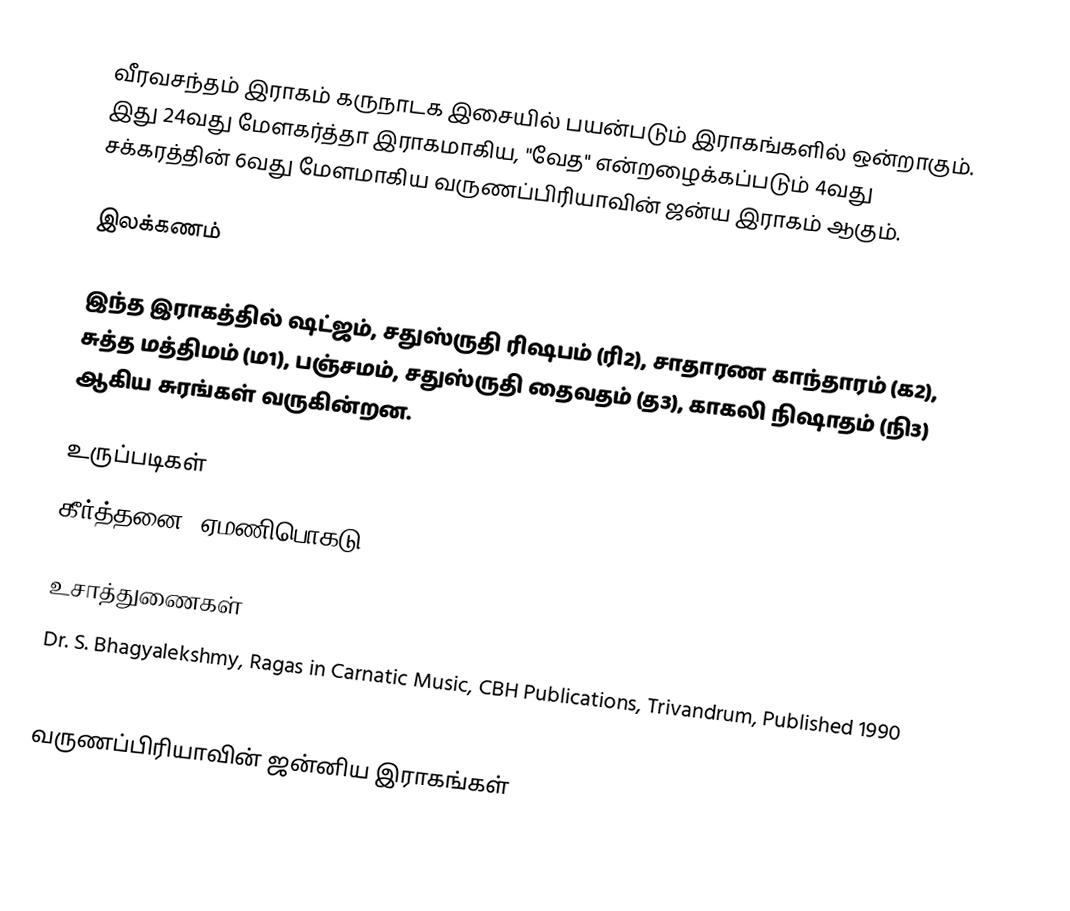
வீரவசந்தம் இராகம் கருநாடக இசையில் பயன்படும் இராகங்களில் ஒன்றாகும். இது 24வது மேளகர்த்தா இராகமாகிய, "வேத" என்றழைக்கப்படும் 4வது சக்கரத்தின் 6வது மேளமாகிய வருணப்பிரியாவின் ஜன்ய இராகம் ஆகும்.

இலக்கணம்

இந்த இராகத்தில் ஷட்ஜம், சதுஸ்ருதி ரிஷபம் (ரி2),  சாதாரண காந்தாரம் (க2), சுத்த மத்திமம் (ம1), பஞ்சமம்,  சதுஸ்ருதி தைவதம் (த3), காகலி நிஷாதம்  (நி3) ஆகிய சுரங்கள் வருகின்றன.

உருப்படிகள்
 கீர்த்தனை: ஏமணிபொகடு

உசாத்துணைகள்
 Dr. S. Bhagyalekshmy, Ragas in Carnatic Music, CBH Publications, Trivandrum, Published 1990
 B. Subba Rao, Raganidhi, The Music Academy, Madras, Published 1965, 4th reprint 1996

வருணப்பிரியாவின் ஜன்னிய இராகங்கள்